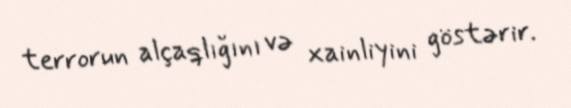
terrorun alçaqlığını və xainliyini göstərir.